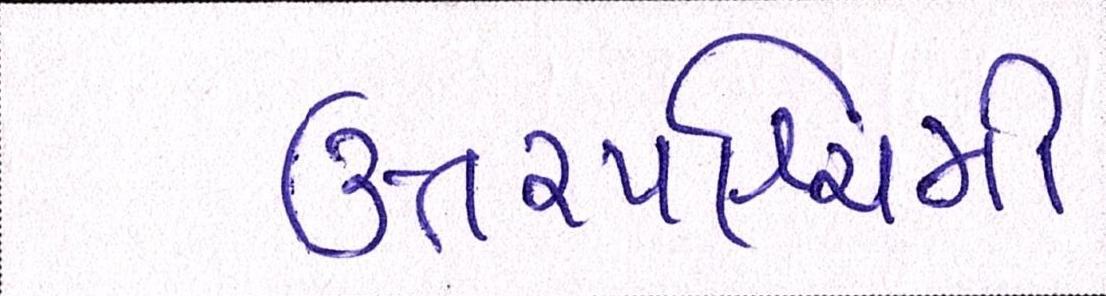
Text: ઉત્તરપશ્ચિમી